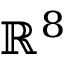
\mathbb { R } ^ { 8 }